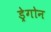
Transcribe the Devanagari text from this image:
ड्रेगोन